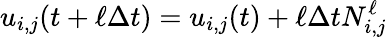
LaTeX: u_{i,j}(t+\ell\Delta t)=u_{i,j}(t)+\ell\Delta tN_{i,j}^{\ell}